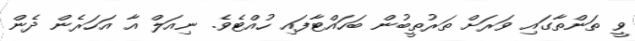
ވީ ތަންތާގައި ވަރަށް ތަރުތީބުން ބަހައްޓާފައި ހުއްޓެވެ. ނިއަލް އާ އަހަރެން ދެން